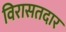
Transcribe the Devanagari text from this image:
विरासतदार